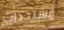
مستجدات